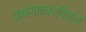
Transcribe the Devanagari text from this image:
क्षराक्षरविचार